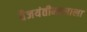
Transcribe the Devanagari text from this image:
वैजयंतीमालाला